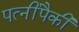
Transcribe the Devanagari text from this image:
पत्‍नींपैकी